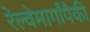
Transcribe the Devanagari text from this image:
रेल्वेमार्गांपैकी